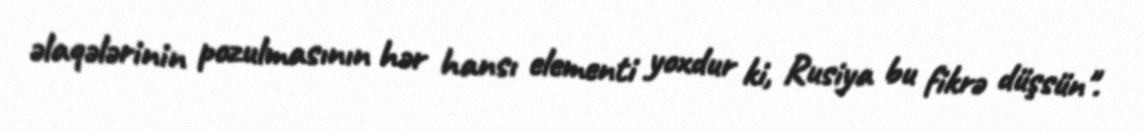
əlaqələrinin pozulmasının hər hansı elementi yoxdur ki, Rusiya bu fikrə düşsün".